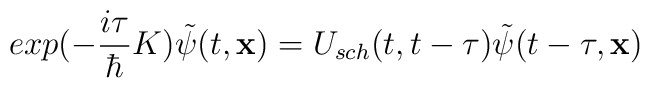
exp(-\frac{i\tau}{\hbar}K)\tilde{\psi}(t,{\bf x})=U_{sch}(t,t-\tau)\tilde{\psi}(t-\tau,{\bf x})